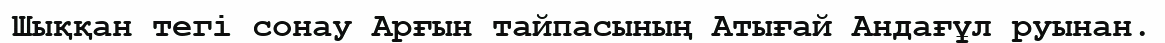
Шыққан тегі сонау Арғын тайпасының Атығай Андағұл руынан.